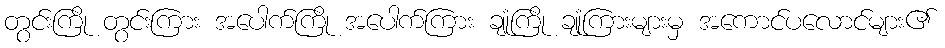
တွင်းကြို တွင်းကြား အပေါက်ကြို အပေါက်ကြား ချုံကြို ချုံကြားများမှ အကောင်ပလောင်များ၏